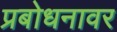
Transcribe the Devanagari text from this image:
प्रबोधनावर